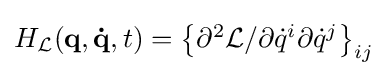
{\textstyle H_{\mathcal {L}}(\mathbf {q} ,\mathbf {\dot {q}} ,t)=\left\{\partial ^{2}{\mathcal {L}}/\partial {\dot {q}}^{i}\partial {\dot {q}}^{j}\right\}_{ij}}